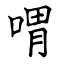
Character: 喟